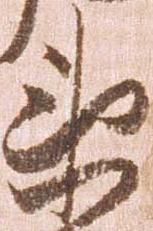
衛